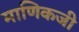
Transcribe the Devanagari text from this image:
माणिकजी